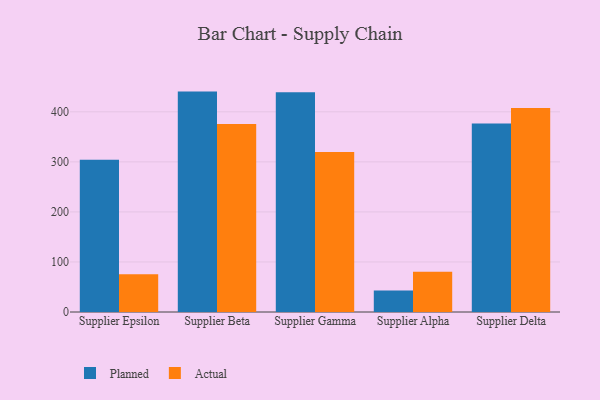
{"axis": {"x": "Supplier", "y": "Humidity (%)"}, "legend": ["Actual", "Planned"], "data": [{"x": "Supplier Epsilon", "y": 304.2, "type": "Planned"}, {"x": "Supplier Epsilon", "y": 75.5, "type": "Actual"}, {"x": "Supplier Beta", "y": 440.4, "type": "Planned"}, {"x": "Supplier Beta", "y": 375.5, "type": "Actual"}, {"x": "Supplier Gamma", "y": 439.2, "type": "Planned"}, {"x": "Supplier Gamma", "y": 319.6, "type": "Actual"}, {"x": "Supplier Alpha", "y": 43.1, "type": "Planned"}, {"x": "Supplier Alpha", "y": 80.3, "type": "Actual"}, {"x": "Supplier Delta", "y": 376.7, "type": "Planned"}, {"x": "Supplier Delta", "y": 407.5, "type": "Actual"}]}